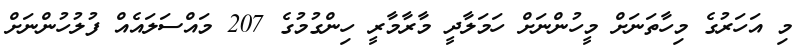
މި އަހަރުގެ މިހާތަނަށް މީހުންނަށް ހަމަލާދީ މާރާމާރީ ހިންގުމުގެ 207 މައްސަލައެއް ފުލުހުންނަށް